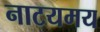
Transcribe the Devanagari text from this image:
नाटयमय